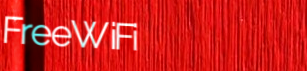
FreeWiFi